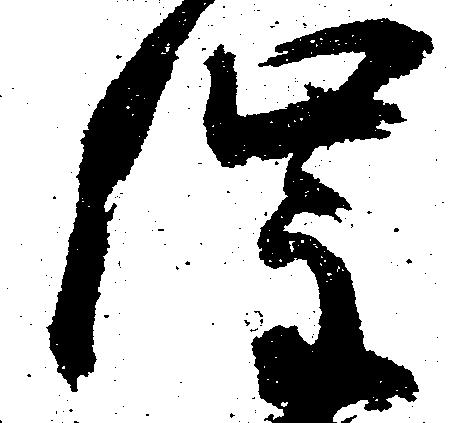
催